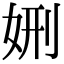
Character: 𡜇